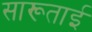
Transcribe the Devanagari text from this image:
सारूताई